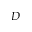
D